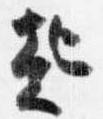
起